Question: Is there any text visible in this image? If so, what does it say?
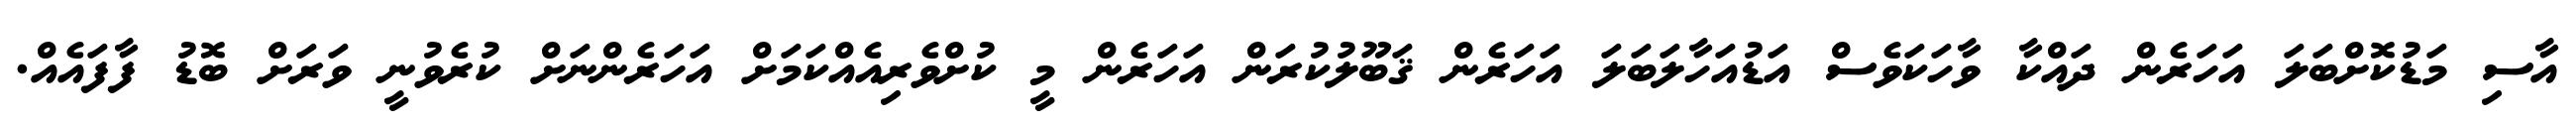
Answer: އާސި މަޑުކޮށްބަލަ އަހަރެން ދައްކާ ވާހަކަވެސް އަޑުއަހާލަބަލަ އަހަރެން ޤަބޫލުކުރަން އަހަރެން މީ ކުށްވެރިއެއްކަމަށް އަހަރެންނަށް ކުރެވުނީ ވަރަށް ބޮޑު ފާފައެއް.